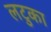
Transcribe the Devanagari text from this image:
लटुका